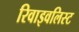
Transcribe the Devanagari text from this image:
रिवाइवलिस्ट